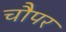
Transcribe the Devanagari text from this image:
चौपर